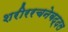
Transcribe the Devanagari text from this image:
शरीररचनेबद्दल